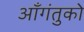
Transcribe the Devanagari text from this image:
आँगंतुको